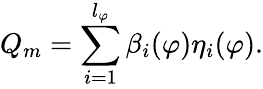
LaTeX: Q_{m}=\sum_{i=1}^{l_{\varphi}}\beta_{i}(\varphi)\eta_{i}(\varphi).